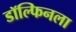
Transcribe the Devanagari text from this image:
डॉल्फिनला